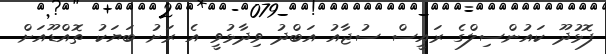
ފޮޅުދޫ ކައުންސިލްގެ ރައީސް ސުޖާއު އަބްދު ވިދާޅުވީ އެ ރަށު ބަޔަކު ތޮއްޑޫއަށް